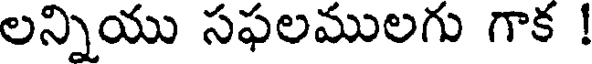
లన్నియు సఫలములగు గాక !